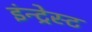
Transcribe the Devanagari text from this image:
इंन्ट्रेस्ट